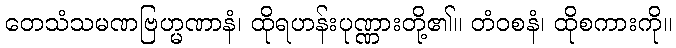
တေသံသမဏဗြဟ္မဏာနံ၊ ထိုရဟန်းပုဏ္ဏားတို့၏။ တံဝစနံ၊ ထိုစကားကို။